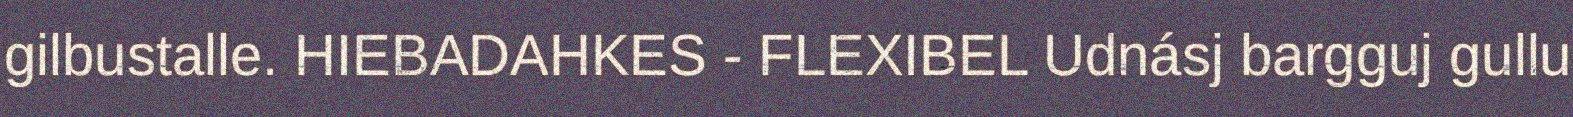
gilbustalle. HIEBADAHKES - FLEXIBEL Udnásj bargguj gullu